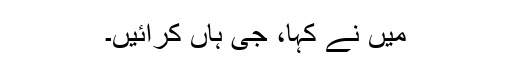
میں نے کہا، جی ہاں کرائیں۔